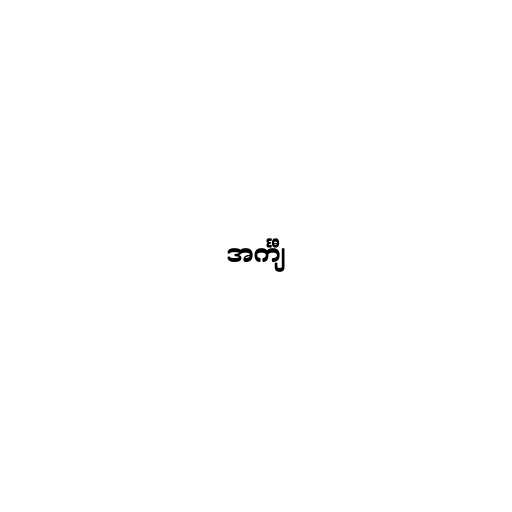
အင်္ကျီ